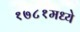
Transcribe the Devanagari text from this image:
१७८१मध्ये